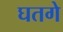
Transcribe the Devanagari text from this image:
घतगे